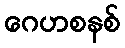
ဂေဟစနစ်